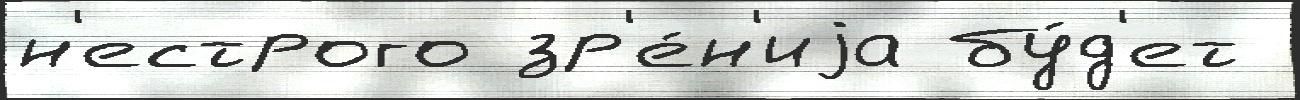
н'естрого зр'е́н'иjа бу́д'ет